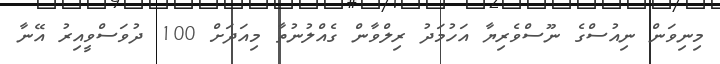
މިނިވަން ނިއުސްގެ ނޫސްވެރިޔާ އަހުމަދު ރިލްވާން ގެއްލުނުތާ މިއަދަށް 100 ދުވަސްވީއިރު އޭނާ